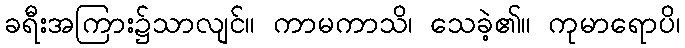
ခရီးအကြား၌သာလျင်။ ကာမကာသိ၊ သေခဲ့၏။ ကုမာရောပိ၊